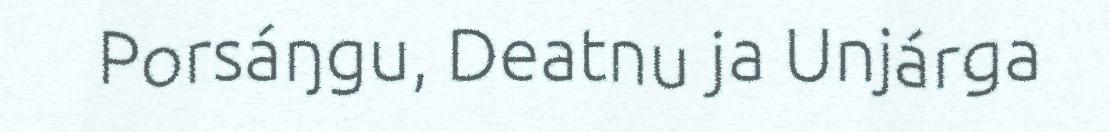
Porsáŋgu, Deatnu ja Unjárga